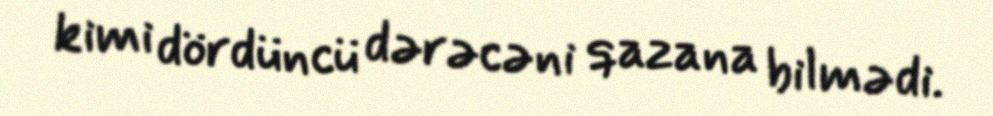
kimi dördüncü dərəcəni qazana bilmədi.